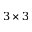
3 \times 3